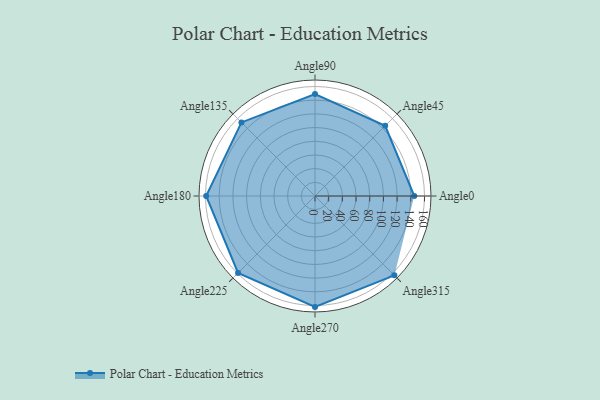
{"axis": {"x": "Angle", "y": "Radius"}, "legend": [""], "data": [{"x": "Angle0", "y": 145.0, "type": ""}, {"x": "Angle45", "y": 145.0, "type": ""}, {"x": "Angle90", "y": 149.0, "type": ""}, {"x": "Angle135", "y": 152.0, "type": ""}, {"x": "Angle180", "y": 159.0, "type": ""}, {"x": "Angle225", "y": 159.0, "type": ""}, {"x": "Angle270", "y": 162.0, "type": ""}, {"x": "Angle315", "y": 164.0, "type": ""}]}